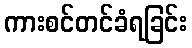
ကားစင်တင်ခံရခြင်း